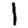
Digit: 1